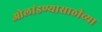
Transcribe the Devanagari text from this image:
ओलांडण्यासाठीच्या